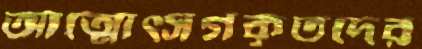
আত্মোত্সর্গকৃতদের